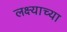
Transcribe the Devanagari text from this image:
लक्ष्याच्या